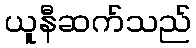
ယူနီဆက်သည်